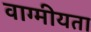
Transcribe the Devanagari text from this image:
वाग्मीयता